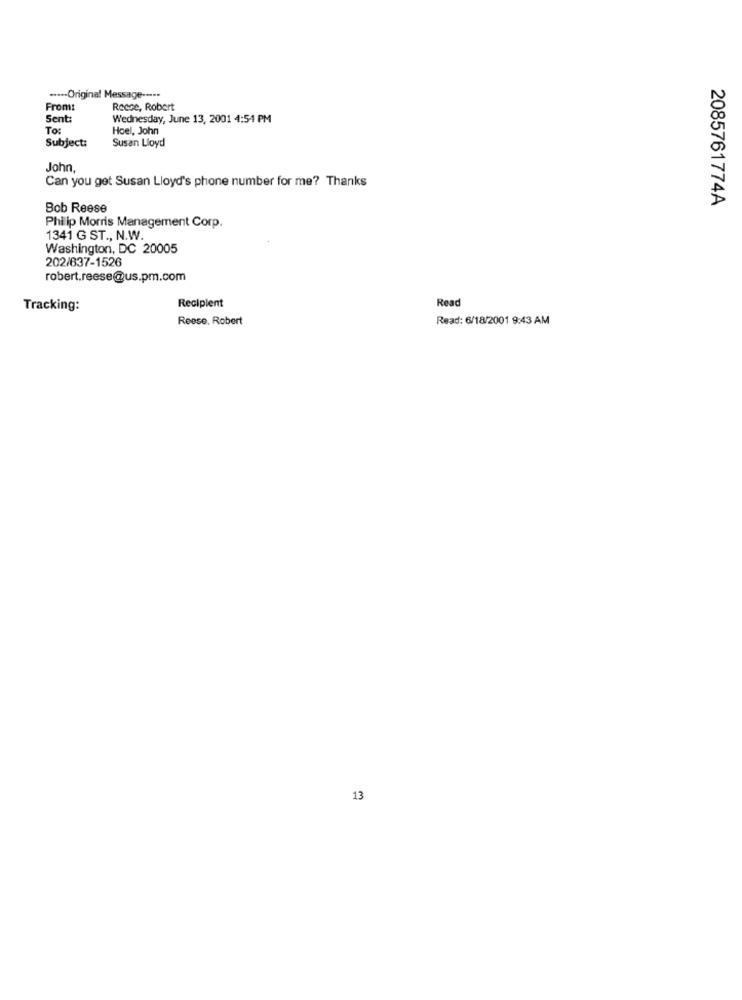
····· Original Message --...
From:
Reese, Robert
Sent:
Wednesday, June 13, 2001 4:54 PM
To:
Hoel, John
Subject:
Susan Lloyd
John
Can you get Susan Lloyd's phone number for me? Thanks
2085761774A
Bob Reese
Philip Morris Management Corp.
1341 G ST ., N.W.
Washington, DC 20005
202/637-1526
robert.reese@us.pm.com
Recipient
Read
Tracking:
Reese, Robert
Read: 6/18/2001 9:43 AM
13